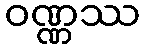
ဝဏ္ဏဿ